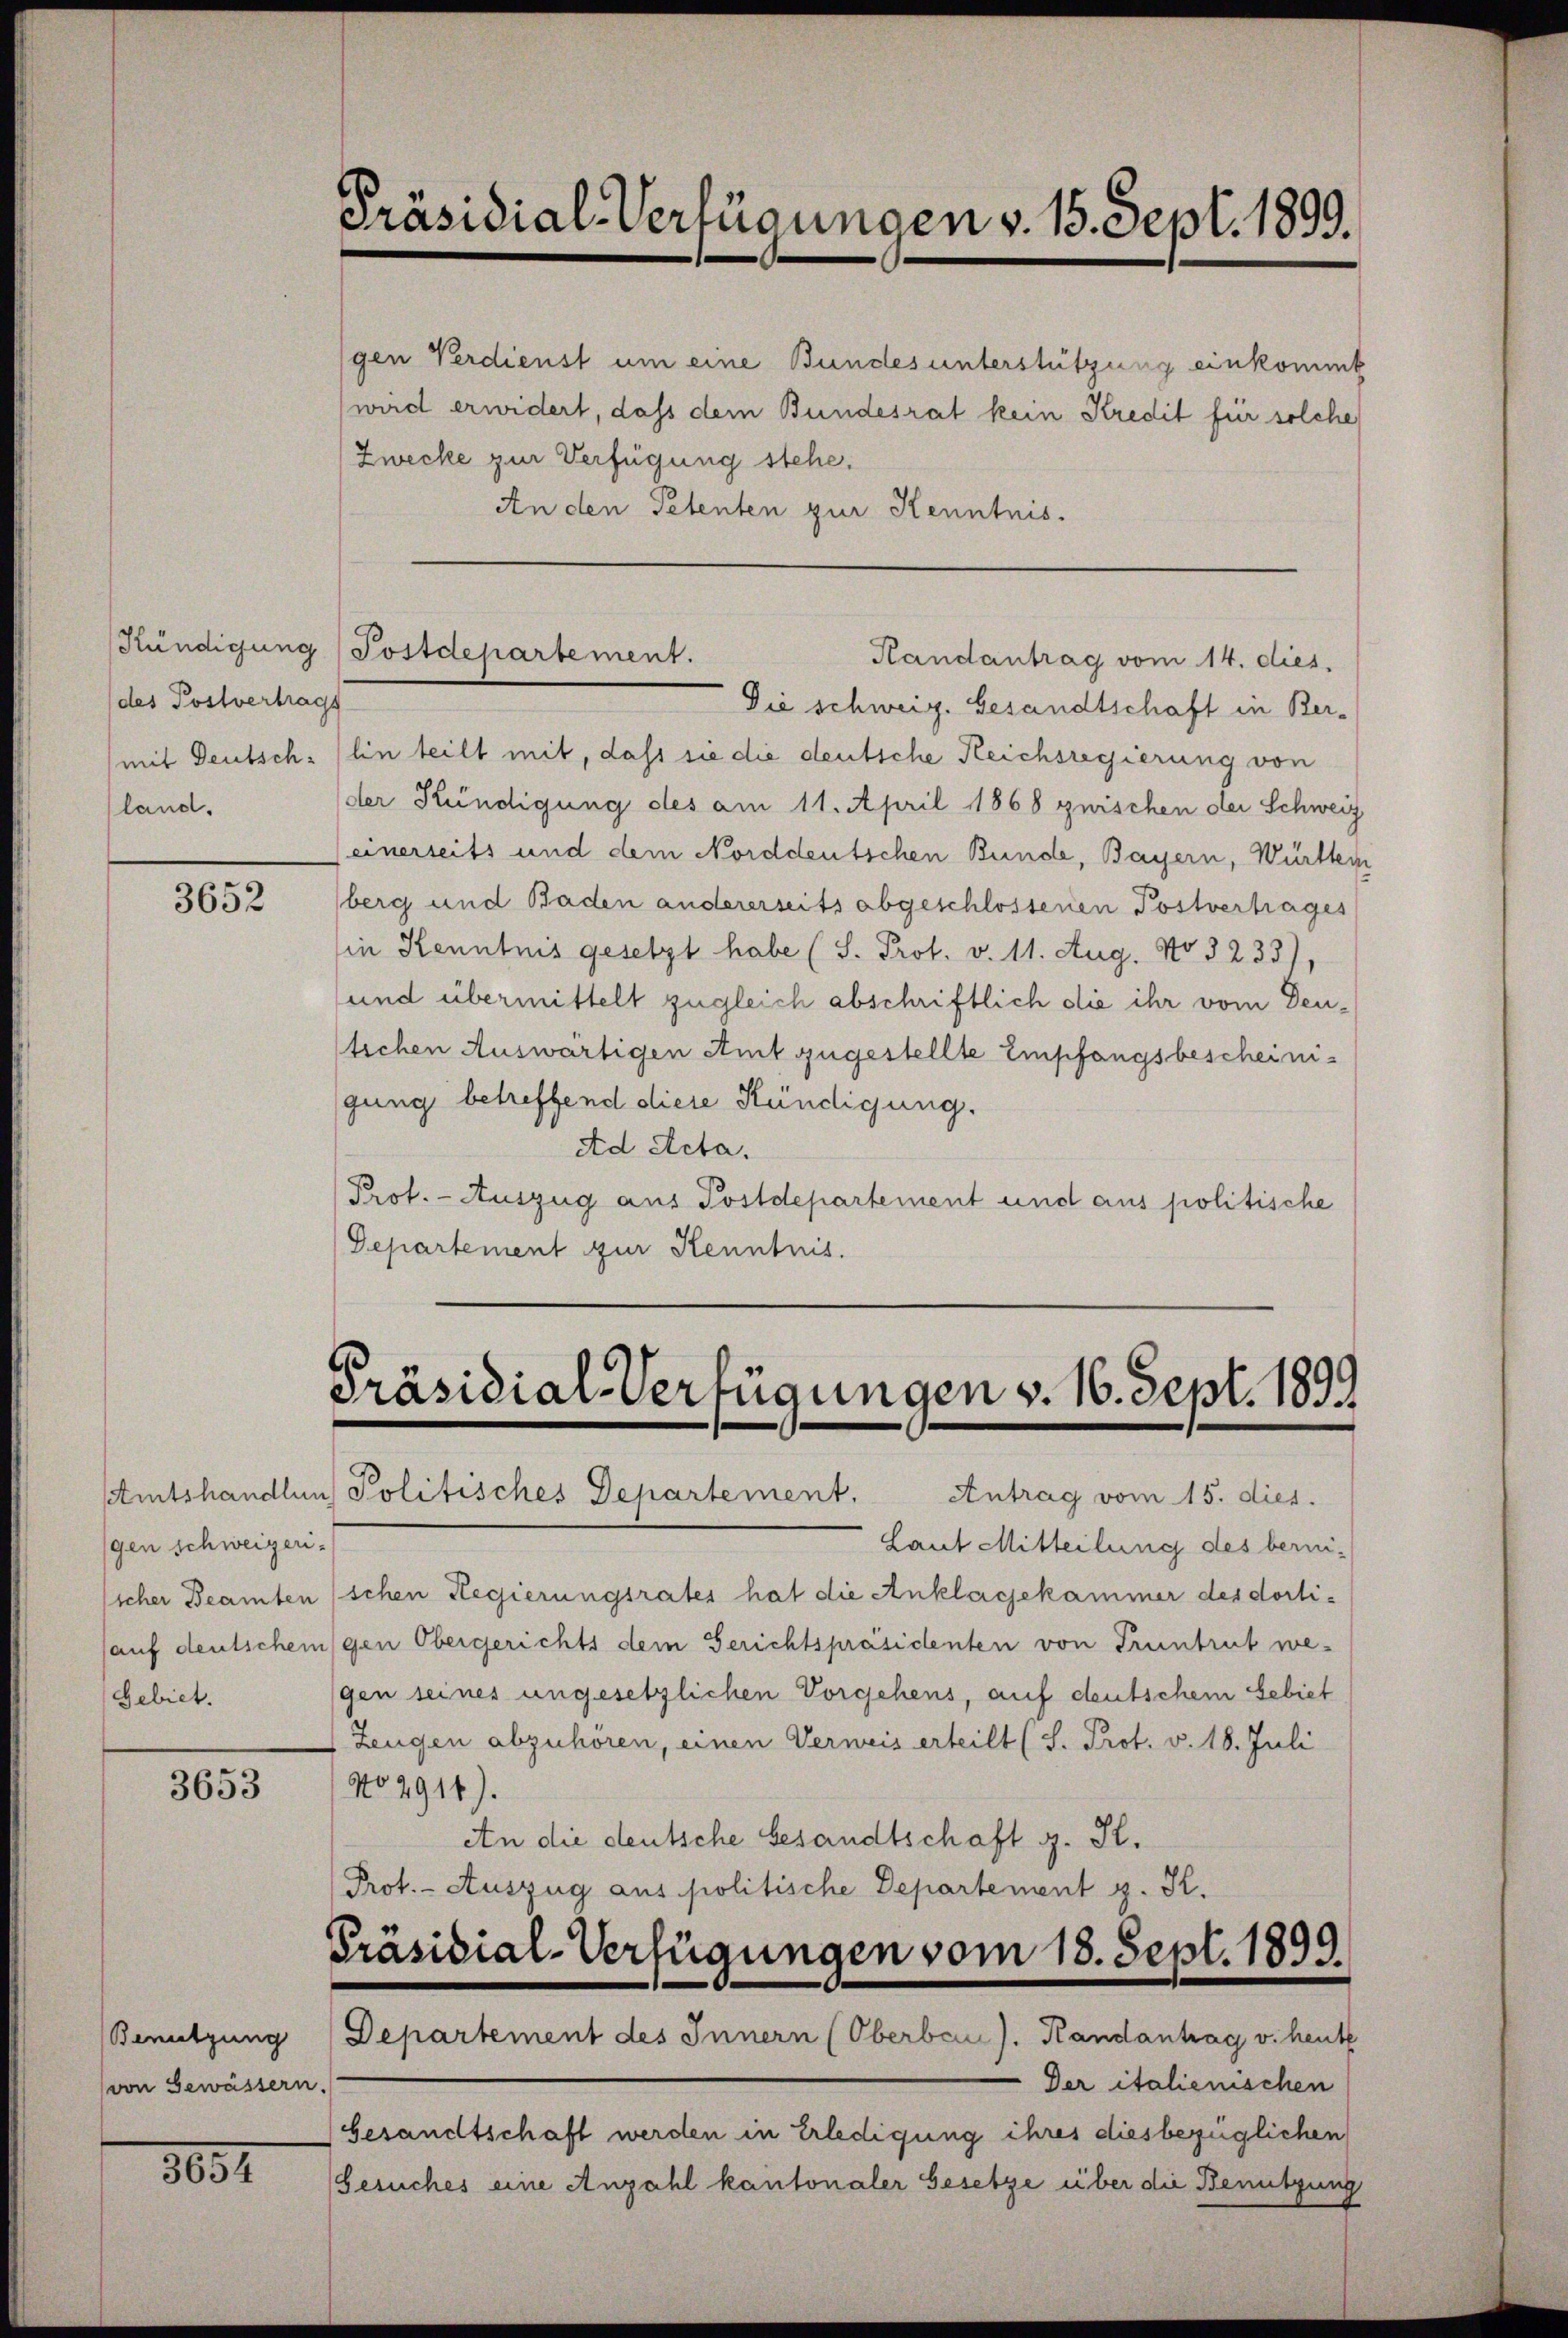
(des Postvertrags
land.

3652

Amtshandlun
gen schweizerisicher Beamten
Gebiet.

3653

Benutzung
von Gewässern

3031

Präsidial-Verfügungen v. 15. Sept. 1899.

gen Verdienst um eine Bundes unterstützung einkommt
wird erwidert, dass dem Bundesrat kein Kredit für solche
Zwecke zur Verfügung stehe.
An den Petenten zur Kenntnis.

Kündigung (Postdepartement.
Randantrag vom 14. dies

Die schweiz. Gesandtschaft in Bermit Deutsch: (hin teilt mit, dass sie die deutsche Reichsregierung von
der Kündigung des am 11. April 1868 guischen der Schweiz
(einerseits und dem Norddeutschen Bunde, Bayern, Württem
berg und Baden andererseits abgeschlossenen Postvertrages
in Kenntnis gesetzt habe (S. Prot. v. 11. Aug. No 3233)
und übermittelt zugleich abschriftlich die ihr vom Deutichen Auswärtigen Amt zugestellte Empfangsbescheinigung betreffend diese Kündigung.
Ad Acta.
Prof. - Auszug aus Postdepartement und aus politische
Departement zur Kenntnis.

Präsidial-Verfügungen v. 16. Sept. 1899

Präsidial-Verfügungen vom 18. Sept. 1899

Politisches Departement. Antrag vom 15. dies.
Laut Mitteilung des berni-
schen Regierungsrates hat die Anklagekammer des dorti¬
(auf deutschengen Obergerichts dem Gerichtspräsidenten von Truntrut wegen seines ungesetzlichen Vorgehens, auf deutschem Gebiet
Zeugen abzuhören, einen Verweis erteilt (S. Prot. v. 18. Juli
No 2911).
An die deutsche Gesandtschaft z. K.
Prot. - Auszug aus politische Departement z. K.

Departement des Innern (Oberber). Kandantrag v. heute
Der italienischen
.
Gesandtschaft werden in Erledigung ihres diesbezüglichen
Gesuches eine Anzahl kantonaler Gesetze über die Benutzung